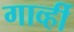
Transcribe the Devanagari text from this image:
गार्व्ही